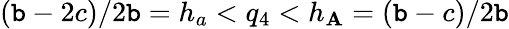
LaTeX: (\mathtt{b}-2c)/2\mathtt{b}=h_{a}<q_{4}<h_{\mathbf{A}}=(\mathtt{b}-c)/2\mathtt{b}